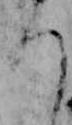
ち